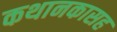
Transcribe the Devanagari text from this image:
कथानकासह